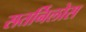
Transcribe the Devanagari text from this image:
सतर्निलोस